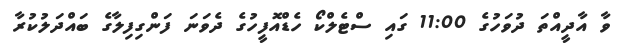
ވާ އާދީއްތަ ދުވަހުގެ 11:00 ގައި ސްޓެލްކޯ ހެޑްއޮފީހުގެ ދެވަނަ ފަންގިފިލާގެ ބައްދަލުކުރާ